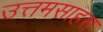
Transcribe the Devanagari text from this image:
उत्तमसाहस